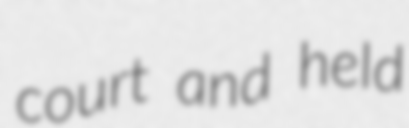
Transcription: court and held